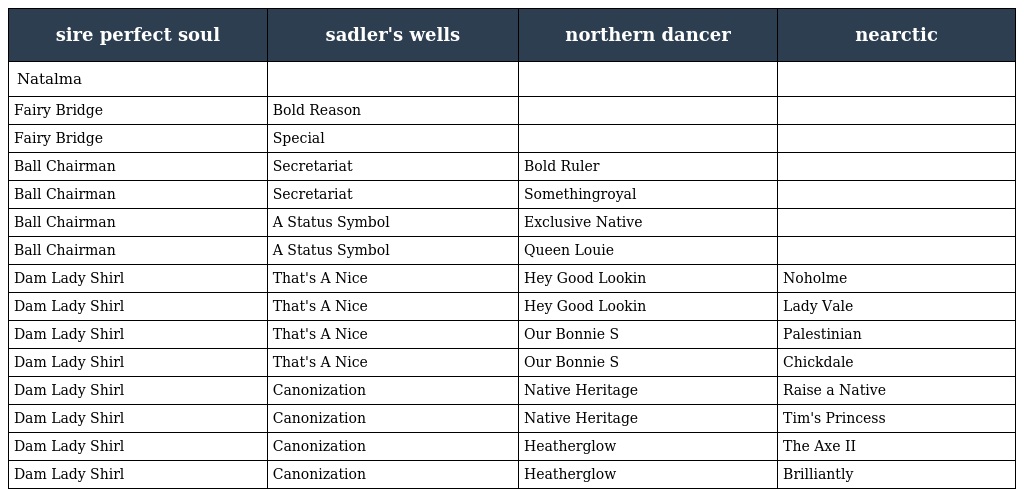
| sire perfect soul | sadler's wells | northern dancer | nearctic |
 | --- | --- | --- | --- |
 | Natalma |  |  |  |
 | Fairy Bridge | Bold Reason |  |  |
 | Fairy Bridge | Special |  |  |
 | Ball Chairman | Secretariat | Bold Ruler |  |
 | Ball Chairman | Secretariat | Somethingroyal |  |
 | Ball Chairman | A Status Symbol | Exclusive Native |  |
 | Ball Chairman | A Status Symbol | Queen Louie |  |
 | Dam Lady Shirl | That's A Nice | Hey Good Lookin | Noholme |
 | Dam Lady Shirl | That's A Nice | Hey Good Lookin | Lady Vale |
 | Dam Lady Shirl | That's A Nice | Our Bonnie S | Palestinian |
 | Dam Lady Shirl | That's A Nice | Our Bonnie S | Chickdale |
 | Dam Lady Shirl | Canonization | Native Heritage | Raise a Native |
 | Dam Lady Shirl | Canonization | Native Heritage | Tim's Princess |
 | Dam Lady Shirl | Canonization | Heatherglow | The Axe II |
 | Dam Lady Shirl | Canonization | Heatherglow | Brilliantly |